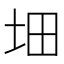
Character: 𡊰